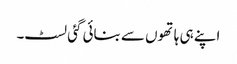
اپنے ہی ہاتھوں سے بنائی گئی لسٹ۔